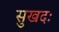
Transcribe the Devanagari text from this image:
सुखदः